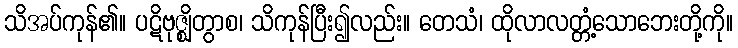
သိအပ်ကုန်၏။ ပဋိဗုဇ္ဈိတွာစ၊ သိကုန်ပြီး၍လည်း။ တေသံ၊ ထိုလာလတ္တံ့သောဘေးတို့ကို။